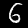
Label: 6